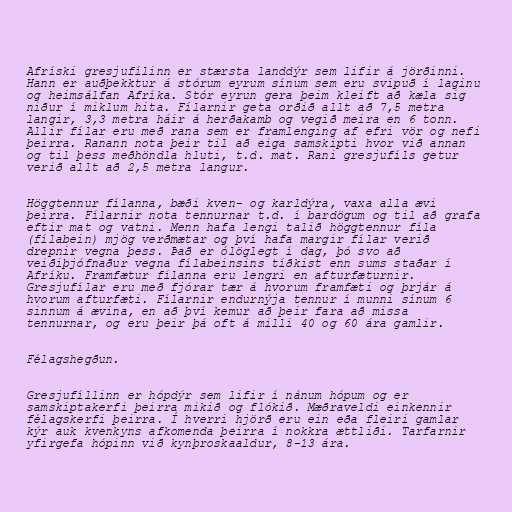
Afríski gresjufílinn er stærsta landdýr sem lifir á jörðinni.
Hann er auðþekktur á stórum eyrum sínum sem eru svipuð í laginu
og heimsálfan Afríka. Stór eyrun gera þeim kleift að kæla sig
niður í miklum hita. Fílarnir geta orðið allt að 7,5 metra
langir, 3,3 metra háir á herðakamb og vegið meira en 6 tonn.
Allir fílar eru með rana sem er framlenging af efri vör og nefi
þeirra. Ranann nota þeir til að eiga samskipti hvor við annan
og til þess meðhöndla hluti, t.d. mat. Rani gresjufíls getur
verið allt að 2,5 metra langur.

Höggtennur fílanna, bæði kven- og karldýra, vaxa alla ævi
þeirra. Fílarnir nota tennurnar t.d. í bardögum og til að grafa
eftir mat og vatni. Menn hafa lengi talið höggtennur fíla
(fílabein) mjög verðmætar og því hafa margir fílar verið
drepnir vegna þess. Það er ólöglegt í dag, þó svo að
veiðiþjófnaður vegna fílabeinsins tíðkist enn sums staðar í
Afríku. Framfætur fílanna eru lengri en afturfæturnir.
Gresjufílar eru með fjórar tær á hvorum framfæti og þrjár á
hvorum afturfæti. Fílarnir endurnýja tennur í munni sínum 6
sinnum á ævina, en að því kemur að þeir fara að missa
tennurnar, og eru þeir þá oft á milli 40 og 60 ára gamlir.

Félagshegðun.

Gresjufíllinn er hópdýr sem lifir í nánum hópum og er
samskiptakerfi þeirra mikið og flókið. Mæðraveldi einkennir
félagskerfi þeirra. Í hverri hjörð eru ein eða fleiri gamlar
kýr auk kvenkyns afkomenda þeirra í nokkra ættliði. Tarfarnir
yfirgefa hópinn við kynþroskaaldur, 8-13 ára.